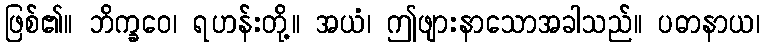
ဖြစ်၏။ ဘိက္ခဝေ၊ ရဟန်းတို့။ အယံ၊ ဤဖျားနာသောအခါသည်။ ပဓာနာယ၊